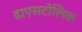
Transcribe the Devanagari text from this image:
डाएसटोलिक